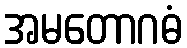
အမတောဂဓံ